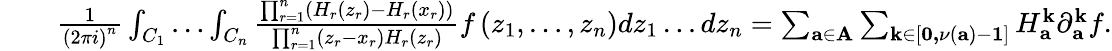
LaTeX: \begin{array}{rlr}&{}&{\frac{1}{\left(2\pi i\right)^{n}}\int_{C_{1}}\dots\int_{C_{n}}\frac{\prod_{r=1}^{n}\left(H_{r}\left(z_{r}\right)-H_{r}\left(x_{r}\right)\right)}{\prod_{r=1}^{n}\left(z_{r}-x_{r}\right)H_{r}\left(z_{r}\right)}f\left(z_{1},\dots,z_{n}\right)dz_{1}\dots dz_{n}=\sum_{\mathbf{a\in A}}\sum_{\mathbf{k\in}\left[\mathbf{0,}\nu\left(\mathbf{a}\right)-\mathbf{1}\right]}H_{\mathbf{a}}^{\mathbf{k}}\partial_{\mathbf{a}}^{\mathbf{k}}f.}\end{array}